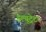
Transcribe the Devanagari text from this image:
इल्यूट्रेटर